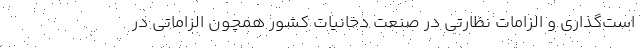
است‌گذاری و الزامات نظارتی در صنعت دخانیات کشور همچون الزاماتی در